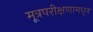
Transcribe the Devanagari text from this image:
मूत्रपरीक्षणामधून